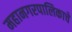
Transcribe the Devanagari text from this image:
महानगरपालिकाचे